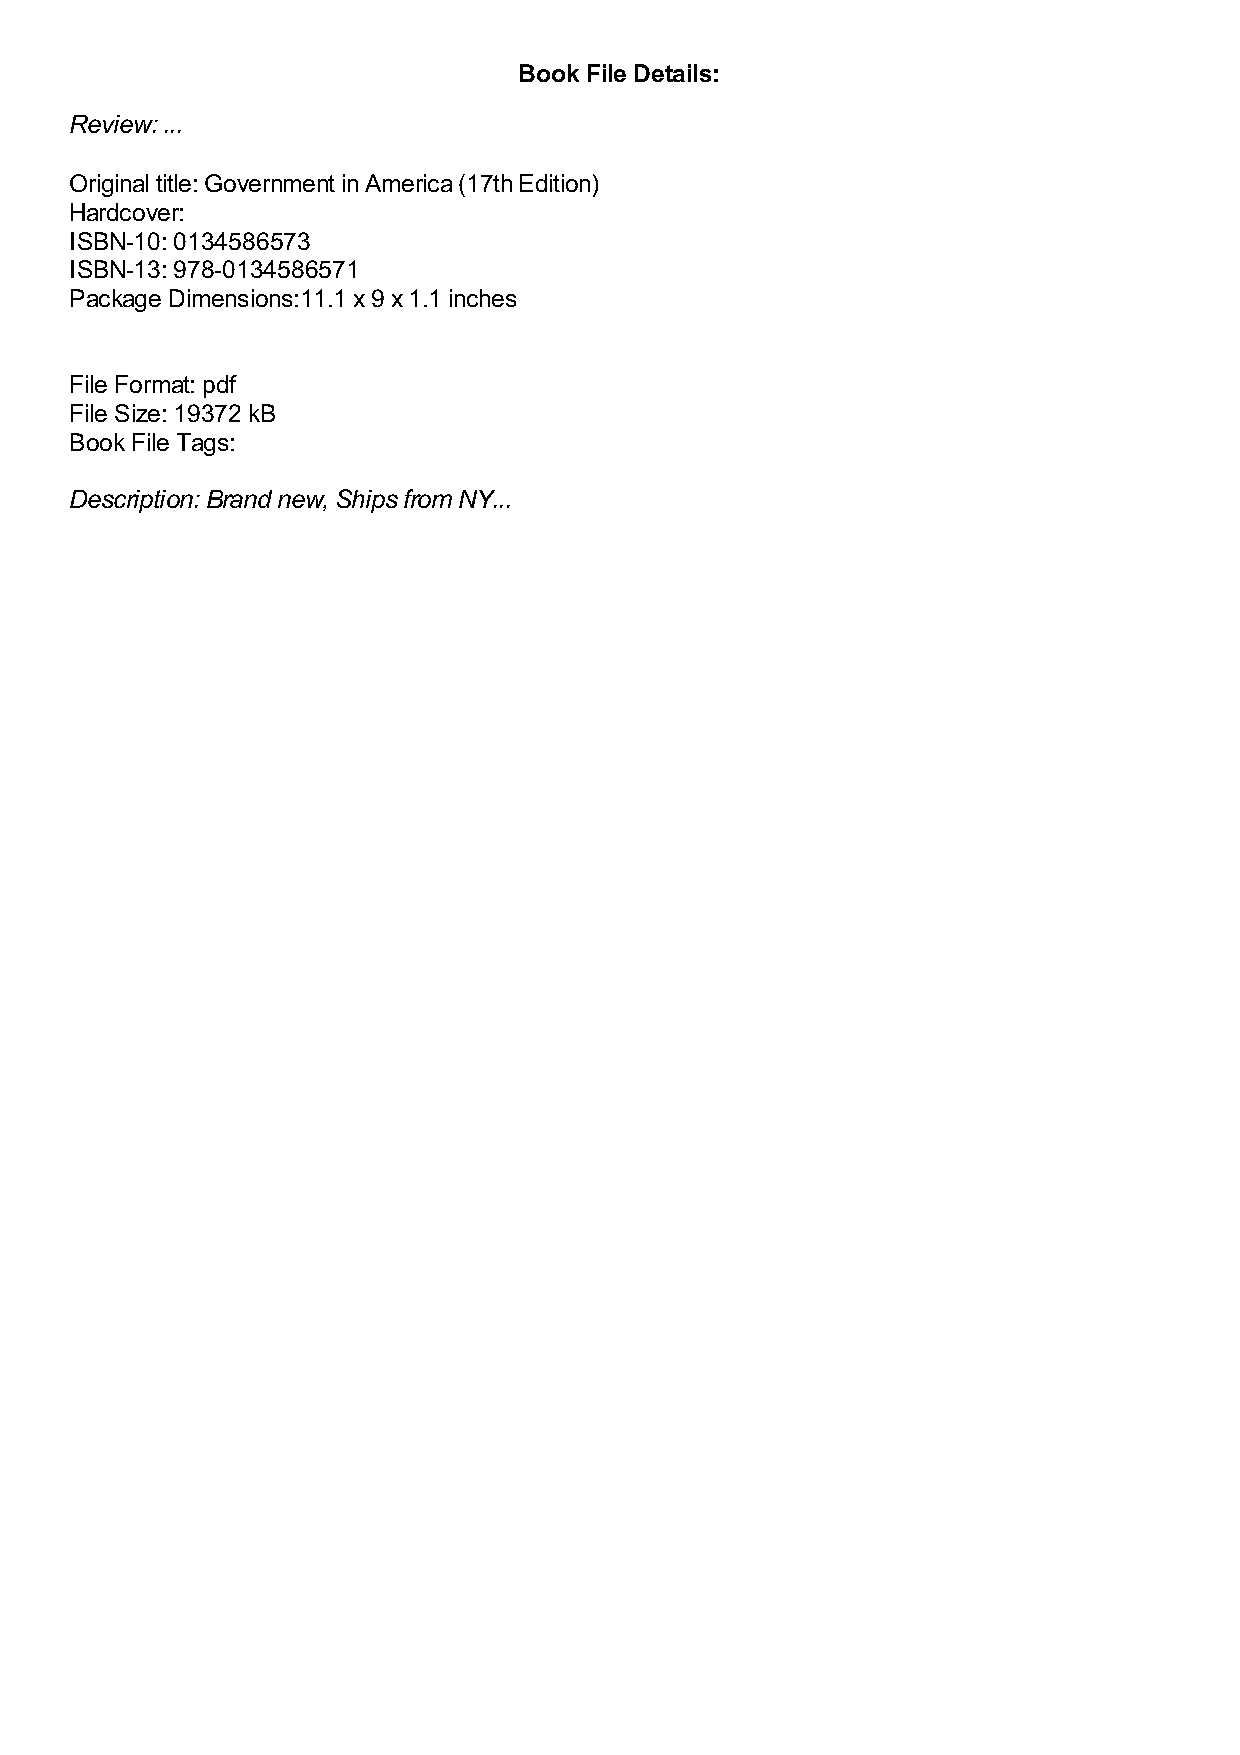
Book File Details:
 Review: ...
 Original title: Government in America (17th Edition)
 Hardcover:
 ISBN-10: 0134586573
 ISBN-13: 978-0134586571
 Package Dimensions:11.1 x 9 x 1.1 inches
 File Format: pdf
 File Size: 19372 kB
 Book File Tags:
 Description: Brand new, Ships from NY...